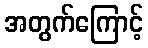
အတွက်ကြောင့်